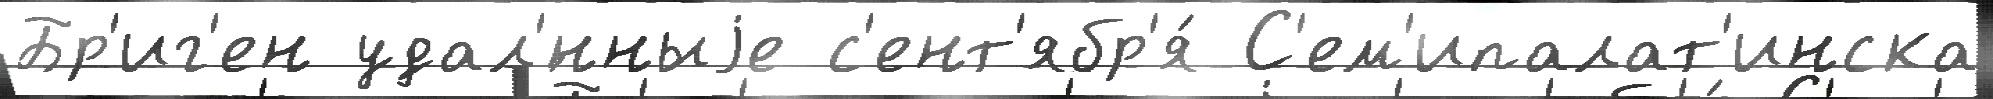
Бр'иг'ен удал'́нныjе с'ент'ябр'я́ С'ем'ипалат'инска